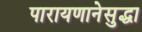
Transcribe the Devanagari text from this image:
पारायणानेसुद्धा